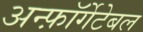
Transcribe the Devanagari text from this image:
अन्फ़ॉर्गेटेबल